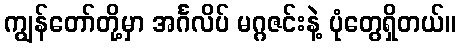
ကျွန်တော်တို့မှာ အင်္ဂလိပ် မဂ္ဂဇင်းနဲ့ ပုံတွေရှိတယ်။